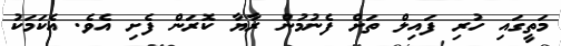
މަތީގައި ހުރި ފައިލް ތަށް ފެނުމުން ރާޔާ ކޮރަން ފެށި އެވެ. އެކަމަކު